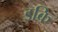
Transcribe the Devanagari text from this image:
इकि